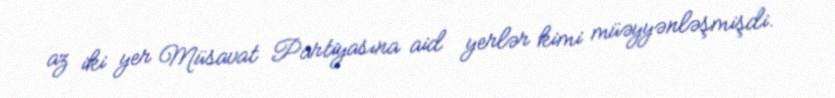
az iki yer Müsavat Partiyasına aid yerlər kimi müəyyənləşmişdi.